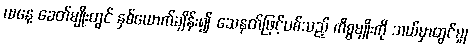
ယနေ့ ခေတ်မျိုးတွင် နှစ်ယောက်ချိန်း၍ သေနတ်ဖြင့်ပစ်သည့် ကိစ္စမျိုးကို ဘယ်မှာတွင်မျှ